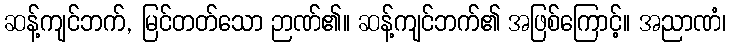
ဆန့်ကျင်ဘက်, မြင်တတ်သော ဉာဏ်၏။ ဆန့်ကျင်ဘက်၏ အဖြစ်ကြောင့်။ အညာဏံ၊